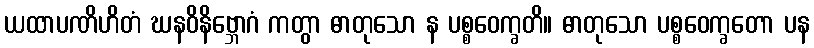
ယထာပဏိဟိတံ ဃနဝိနိဗ္ဘောဂံ ကတွာ ဓာတုသော န ပစ္စဝေက္ခတိ။ ဓာတုသော ပစ္စဝေက္ခတော ပန